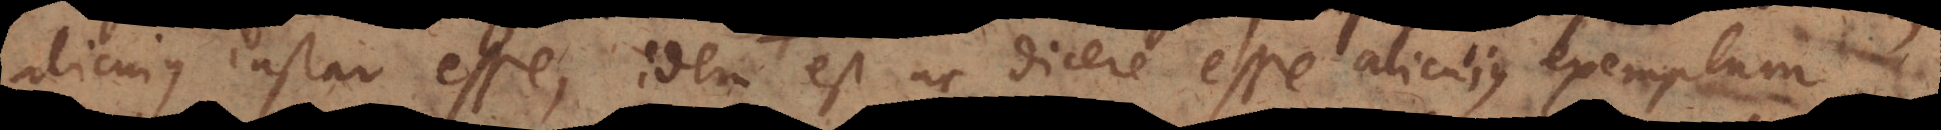
alicujus instar esse, idem est ac dicere esse alicujus exemplum,